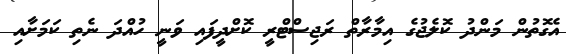
އެގޮތުން މަންދު ކޮލެޖުގެ އިމާރާތް ރަޖިސްޓްރީ ކޮށްދީފައި ވަނީ ހުއްދަ ނެތި ކަމަށާއި